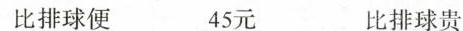
比排球便 45元 比排球贵